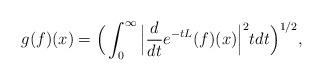
LaTeX: \begin{align*}g(f)(x)=\Big(\int_{0}^{\infty}\Big|\frac{d}{dt}e^{-tL}(f)(x)\Big|^2tdt\Big)^{1/2},\end{align*}